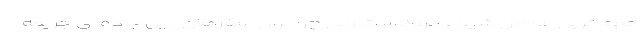
مهم ترین عوامل شیوع کروناست ولی چرا برای سفرهای بین جاده ای جریمه